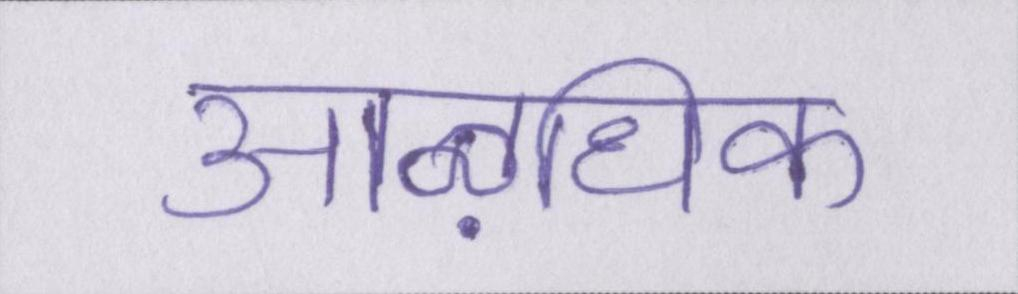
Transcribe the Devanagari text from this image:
आऴधिक